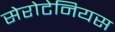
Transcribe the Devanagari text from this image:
सेरोटेनियस